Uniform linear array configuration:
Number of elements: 64
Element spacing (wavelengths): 0.25
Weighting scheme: hann
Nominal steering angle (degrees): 0
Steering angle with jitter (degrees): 0.6554
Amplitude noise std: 0.05
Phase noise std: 0.05

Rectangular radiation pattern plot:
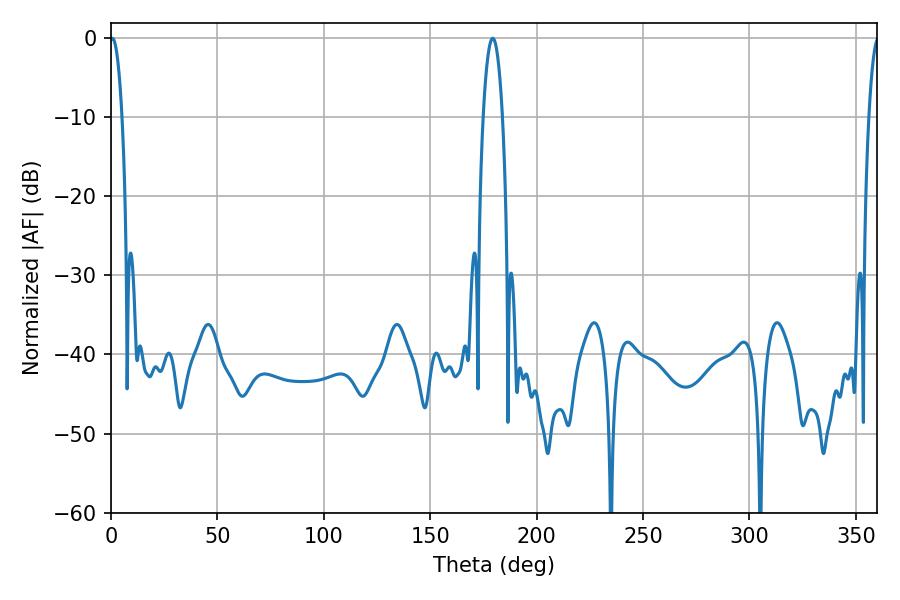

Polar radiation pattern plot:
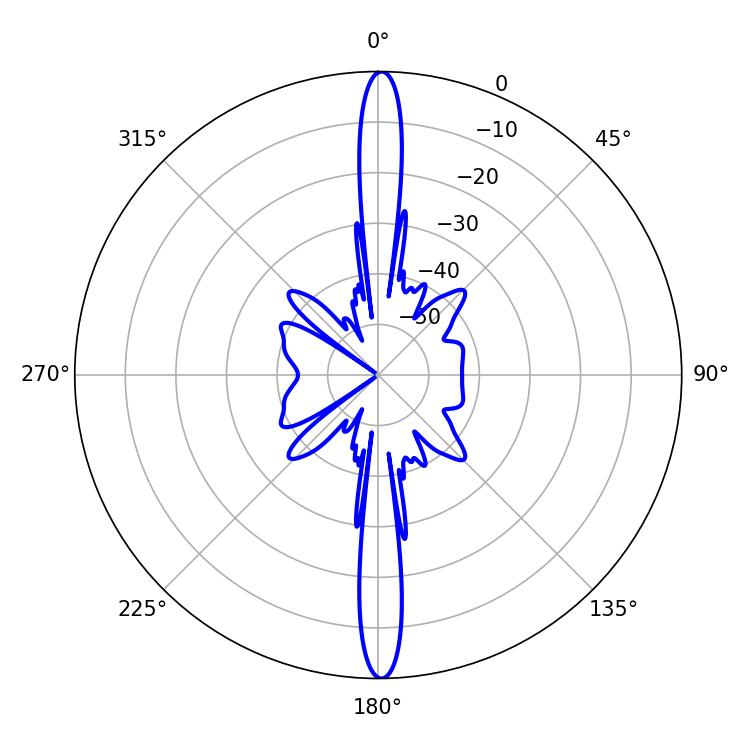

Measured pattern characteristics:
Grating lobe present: FALSE
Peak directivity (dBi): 29.885
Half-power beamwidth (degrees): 5.04
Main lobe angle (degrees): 179.28